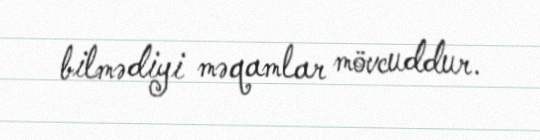
bilmədiyi məqamlar mövcuddur.